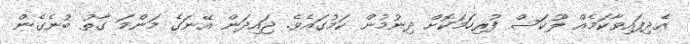
އެދިފައިވާކަމެއް ލޫކަސް ފުރިހަމަކޮށް ދިނުމުން ކަމުގައެވެ. ޖައިދަން އޭނަގެ މަންމަ ގާތު ބުނެގެން